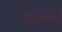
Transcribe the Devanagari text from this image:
धात्वर्थं